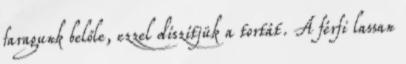
faragunk belőle, ezzel díszítjük a tortát. A férfi lassan